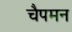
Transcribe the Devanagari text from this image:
चैपमन